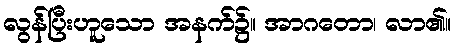
လွန်ပြီးဟူသော အနက်၌။ အာဂတော၊ လာ၏။